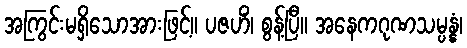
အကြွင်းမရှိသောအားဖြင့်။ ပဇဟိံ၊ စွန့်ပြီ။ အနေကဂုဏသမ္ပန္နံ၊